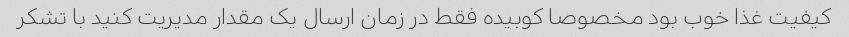
کیفیت غذا خوب بود مخصوصا کوبیده فقط در زمان ارسال یک مقدار مدیریت کنید با تشکر